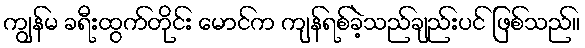
ကျွန်မ ခရီးထွက်တိုင်း မောင်က ကျန်ရစ်ခဲ့သည်ချည်းပင် ဖြစ်သည်။